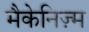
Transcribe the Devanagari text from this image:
मैकेनिज़्म